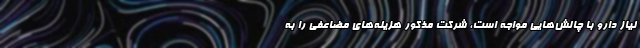
نیاز دارو با چالش‌هایی مواجه است، شرکت مذکور هزینه‌های مضاعفی را به